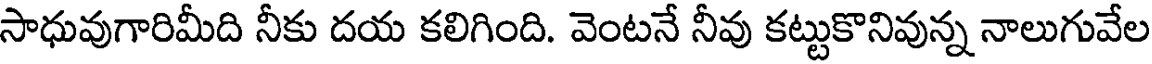
సాధువుగారిమీది నీకు దయ కలిగింది. వెంటనే నీవు కట్టుకొనివున్న నాలుగువేల